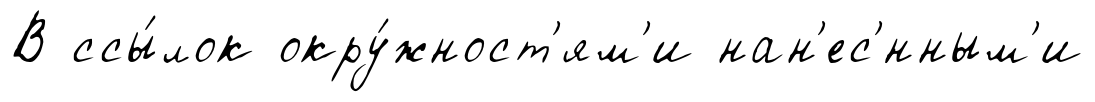
В ссы́лок окру́жност'ям'и нан'ес'́нным'и